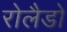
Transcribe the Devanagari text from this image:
रोलैडो